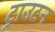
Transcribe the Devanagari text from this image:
ट्राउटन